Report of cholera committee
Disease focus: Cholera
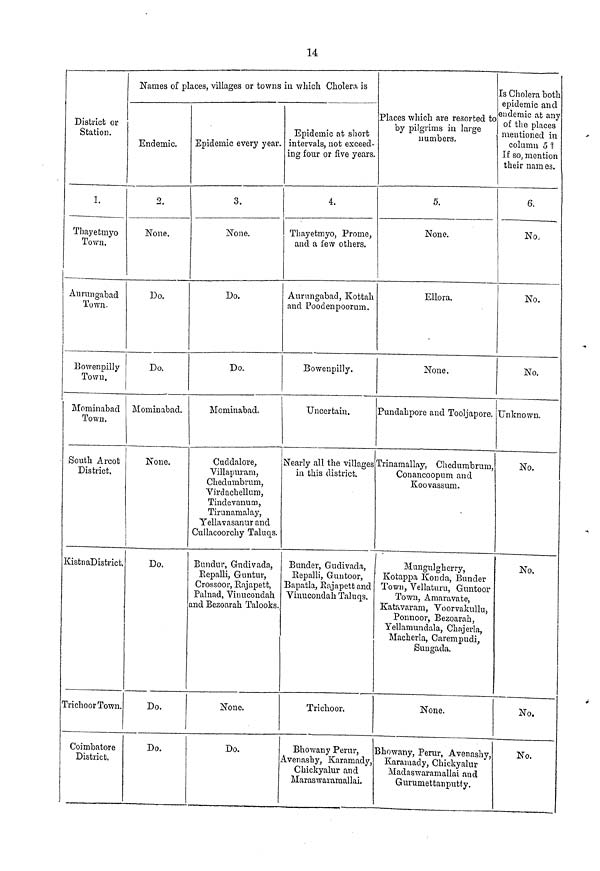
14
District or
Station.
1.
Thayetmyo
Town.
Aurungabad
Town.
Bowenpilly
Town.
Mominabad
Town.
South Arcot
District.
KistnaDistrict.
Trichoor Town.
Coimbatore
District.
Names of places, villages or towns in which Cholera is
Endemic.
2.
None,
Do.
Do.
Mominabad.
None.
Do.
Do.
Do.
Epidemic every year.
3.
None.
Do.
Do.
Mominabad.
Cuddalore,
Villapuram,
Chedumbrum,
Virdachellum,
Tindevanum,
Tirunamalay,
Yellavasanur and
Cullacoorchy Taluqs.
Bundur, Gndivada,
Repalli, Guntur,
Crossoor, Pajapett,
Palnad, Vinucondah
and Bezoarah Talooks.
None.
Do.
Epidemic at short
intervals, not exceed-
ing four or five years.
4.
Thayetmyo, Prome,
and a few others.
Aurungabad, Kottah
and Poodenpoorum.
Bowenpilly.
Uncertain.
Nearly all the villages
in this district.
Bunder, Gudivada,
Repalli, Guntoor,
Bapatla, Rajapett and
Vinucondah Taluqs.
Trichoor.
Bhowany Perur,
Avenashy, Karamady,
Chickyalur and
Maraswaramallai.
Places which are resorted to
by pilgrims in large
numbers.
5.
None.
Ellora.
None.
Pundahpore and Tooljapore.
Trinamallay, Chedumbrum,
Conancoopum and
Koovassum.
Mungulgherry,
Kotappa Konda, Bunder
Town, Vellaturu, Guntoor
Town, Amaravate,
Katavaram, Voorvakullu,
Ponnoor, Bezoarah,
Yellamundala, Chajerla,
Macherla, Carempudi,
Sungada.
None.
Bhowany, Perur, Avenashy,
Karamady, Chickyalur
Madaswaramallai and
Gurumettanputty.
Is Cholera both
epidemic and
endemic at any
of the places
mentioned in
column 5 ?
If so, mention
their names.
6.
No.
No.
No.
Unknown.
No.
No
No.
No.